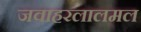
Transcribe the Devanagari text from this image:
जवाहरलालमल